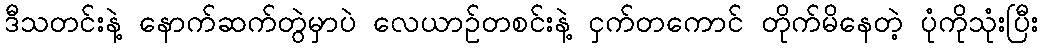
ဒီသတင်းနဲ့ နောက်ဆက်တွဲမှာပဲ လေယာဥ်တစင်းနဲ့ ငှက်တကောင် တိုက်မိနေတဲ့ ပုံကိုသုံးပြီး